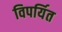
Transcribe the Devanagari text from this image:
विपर्यित